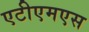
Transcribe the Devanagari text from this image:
एटीएमएस